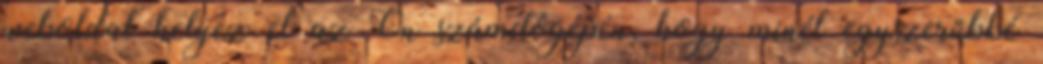
weboldal helyez el az Ön számítógépén, hogy minél egyszerűbbé